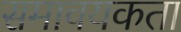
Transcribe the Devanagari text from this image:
समावयकता